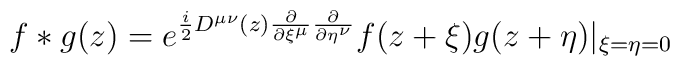
f*g(z)=e^{\frac{i}{2}{D}^{{\mu}{\nu}}(z)\frac{\partial}{\partial{\xi}^{\mu}}\frac{\partial}{\partial{\eta}^{\nu}}}f(z+{\xi})g(z+{\eta})|_{{\xi}={\eta}=0}